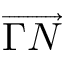
\overrightarrow { \Gamma N }